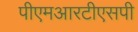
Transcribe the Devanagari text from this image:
पीएमआरटीएसपी